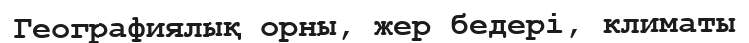
Географиялық орны, жер бедері, климаты